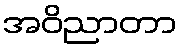
အဝိညာတာ